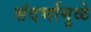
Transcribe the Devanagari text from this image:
संदर्भामुळे